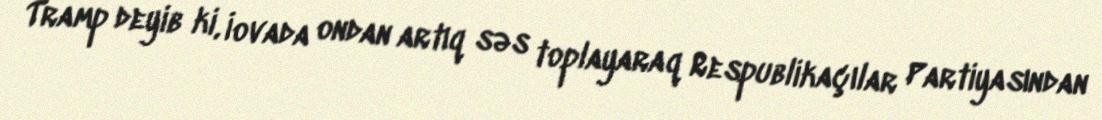
Tramp deyib ki, İovada ondan artıq səs toplayaraq Respublikaçılar Partiyasından